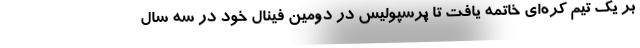
بر یک تیم کره‌ای خاتمه یافت تا پرسپولیس در دومین فینال خود در سه سال